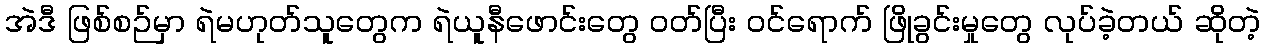
အဲဒီ ဖြစ်စဉ်မှာ ရဲမဟုတ်သူတွေက ရဲယူနီဖောင်းတွေ ဝတ်ပြီး ဝင်ရောက် ဖြိုခွင်းမှုတွေ လုပ်ခဲ့တယ် ဆိုတဲ့